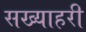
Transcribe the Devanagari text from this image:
सख्याहरी